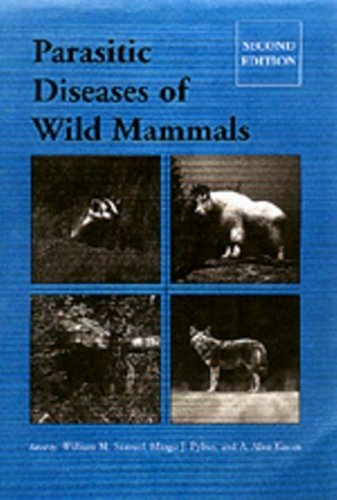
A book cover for Parasitic Diseases of Wild Mammals; Medical Books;